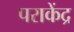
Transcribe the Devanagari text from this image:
पराकेंद्र